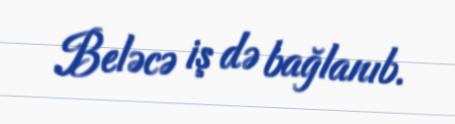
Beləcə iş də bağlanıb.